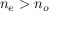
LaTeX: n _ { e } > n _ { o }